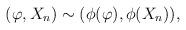
LaTeX: \begin{align*}(\varphi, X_{n}) \sim (\phi(\varphi),\phi(X_{n})),\end{align*}